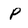
Character: P